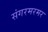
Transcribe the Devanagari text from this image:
संगरमरमर